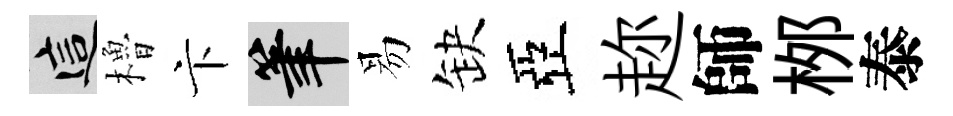
這櫓卞筆易缺亞趂師桞泰